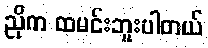
ညိုက ထမင်းဘူးပါတယ်